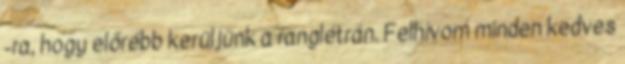
-ra, hogy előrébb kerüljünk a ranglétrán. Felhívom minden kedves